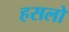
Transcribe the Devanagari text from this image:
हसलो